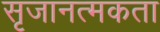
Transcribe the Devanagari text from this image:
सृजानत्मकता